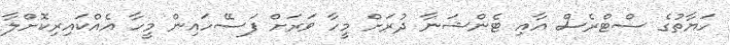
ހަޔާތުގެ ސްޓްރެސް އާއި ޓެންޝަނާ ދުރަށް މީހާ ވަރަށް ފަސޭހައިން މީހާ އެއްކައިރިކޮށްލާ